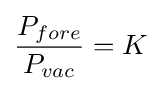
{\frac {P_{fore}}{P_{vac}}}=K